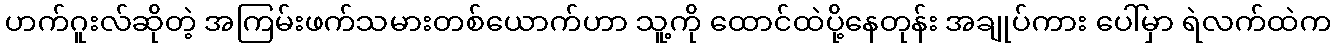
ဟက်ဂူးလ်ဆိုတဲ့ အကြမ်းဖက်သမားတစ်ယောက်ဟာ သူ့ကို ထောင်ထဲပို့နေတုန်း အချုပ်ကား ပေါ်မှာ ရဲလက်ထဲက